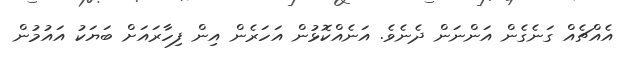
އެއްޗެއް ގަނެގެން އަންނަން ދެނެވެ. އަނެއްކޮޅުން އަހަރެން އިން ފިހާރައަށް ބަޔަކު އައުމުން